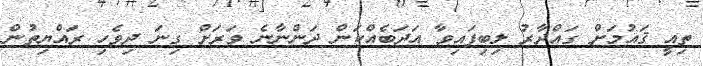
ތިއީ ޤައުމަށް ގައްދާރު ލިބިފައިވާ އަދަބެއްކަން ދަންނާނެ ވަރަށް ގިނަ ދިވެހި ރައްޔިތުން